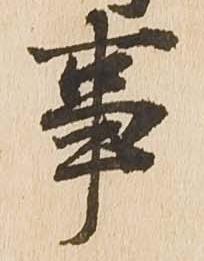
事